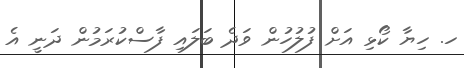
ހ. ހިޔާ ކޯޅި އަށް ފުލުހުން ވަދެ ބަލައި ފާސްކުރަމުން ދަނީ އެ